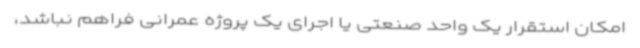
امکان استقرار یک واحد صنعتی یا اجرای یک پروژه عمرانی فراهم نباشد،